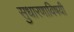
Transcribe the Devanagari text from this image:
सुधारणाविषयी